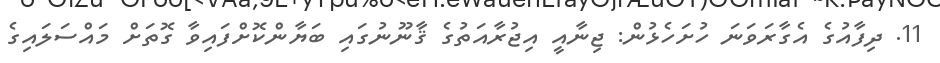
11. ދިފާއުގެ އެގާރަވަނަ ހުށަހެޅުން: ޖިނާއީ އިޖުރާއަތުގެ ޤާނޫނުގައި ބަޔާންކޮށްފައިވާ ގޮތަށް މައްސަލައިގެ